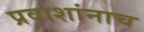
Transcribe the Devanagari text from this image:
प्रवाशांनाच